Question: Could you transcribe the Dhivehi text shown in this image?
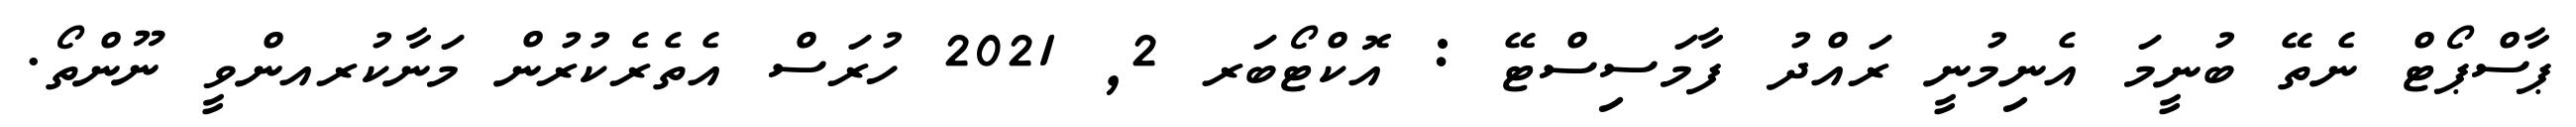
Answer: ޕާސްޕޯޓް ނެތޭ ބުނީމަ އެނިމުނީ ރައްދު ފާމަސިސްޓޭ : އޮކްޓޯބަރ 2, 2021 ހުރަސް އެތެރެކުރުން މަނާކުރއންވީ ނޫންތޯ.